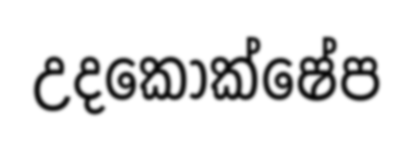
උදකෝක්ෂේප